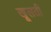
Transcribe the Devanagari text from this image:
खूलती